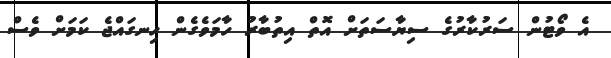
އެ ވޯޓުން ސަރުކާރުގެ ސިޔާސަތަށް އޮތް އިތުބާރު ހާމަވެގެން ހިނގައްޖެ ކަމަށް ވެސް